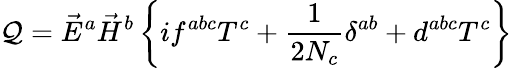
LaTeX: {\cal\mathcal{Q}}=\vec{{E}}^{a}\vec{{H}}^{b}\left\{ if^{abc}T^{c}+\frac{{1}}{{2N_{c}}}\delta^{ab}+d^{abc}T^{c}\right\}